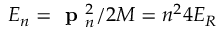
E _ { n } = \textbf { p } _ { n } ^ { 2 } / 2 M = n ^ { 2 } 4 E _ { R }